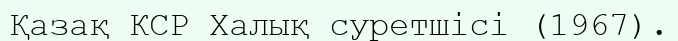
Қазақ КСР Халық суретшісі (1967).